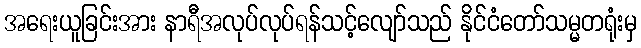
အရေးယူခြင်းအား နာရီအလုပ်လုပ်ရန်သင့်လျော်သည် နိုင်ငံတော်သမ္မတရုံးမှ